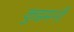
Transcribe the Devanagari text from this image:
कुडमनी